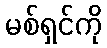
မစ်ရှင်ကို